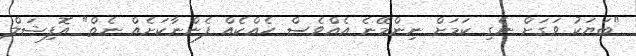
"ބަޔަކު ވަގަށް ނެގި ކަމަށް ނިންމޭނެ އެއްވެސް ހެއްކެއް ފެންނާކަށެއް ނެތް" އޮފިޝަލް